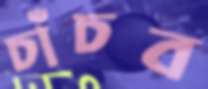
চাঁচব